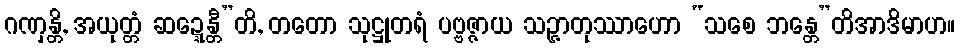
ဂဏှန္တိ, အယုတ္တံ ဆဍ္ဍေန္တီ”တိ, တတော သုဋ္ဌုတရံ ပဗ္ဗဇ္ဇာယ သဉ္ဇာတုဿာဟော “သစေ ဘန္တေ”တိအာဒိမာဟ။